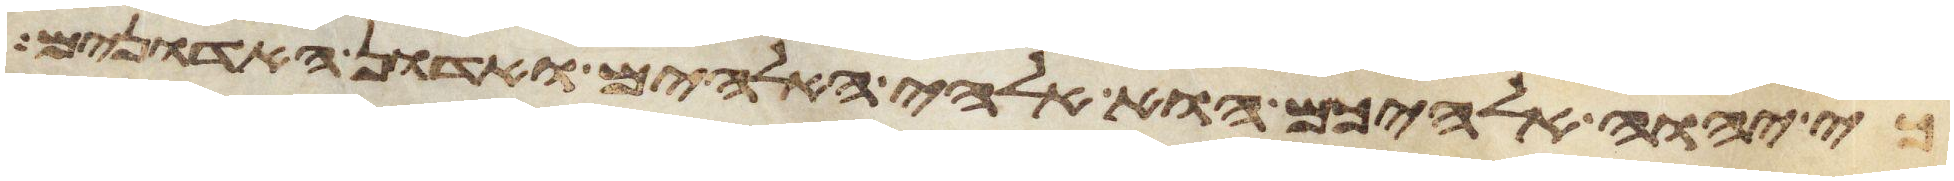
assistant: כי יהוה אלהיכם הוא אלהי האלהים ואדון האדונים